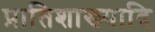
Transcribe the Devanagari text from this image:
प्रातिशाख्यादि